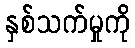
နှစ်သက်မှုကို